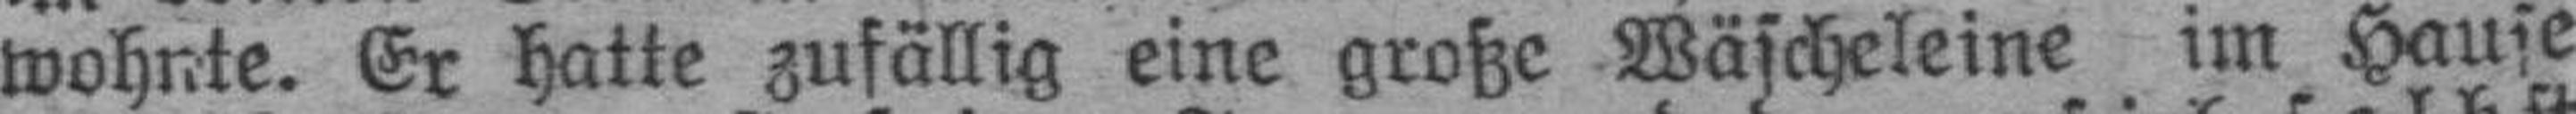
wohnte. Er hatte zufällig eine große Wäscheleine im Hause